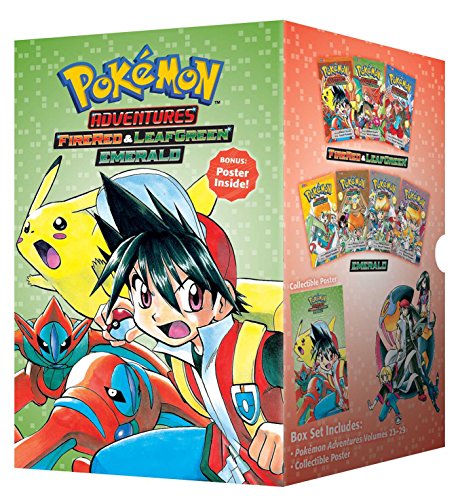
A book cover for PokÃ©mon Adventures Fire Red & Leaf Green / Emerald Box Set: Includes Volumes 23-29 (Pokemon); Hidenori Kusaka; Children's Books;